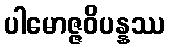
ပါမောဇ္ဇဝိပန္နဿ